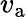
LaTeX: v_{\mathrm{a}}